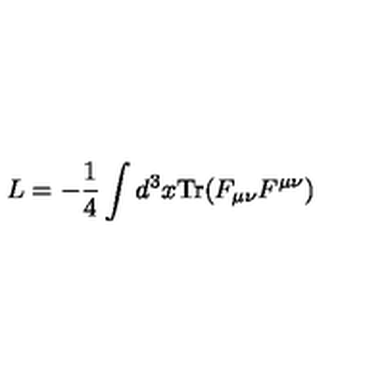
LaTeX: L = - \frac { 1 } { 4 } \int d ^ { 3 } x \mathrm { T r } ( F _ { \mu \nu } F ^ { \mu \nu } )